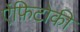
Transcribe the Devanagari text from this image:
ऐंफ़िटोकी